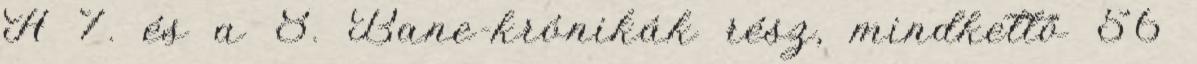
A 7. és a 8. Bane-krónikák rész, mindkettő 56